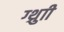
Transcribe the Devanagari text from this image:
ग्थ्रुाी